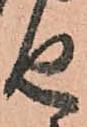
せ